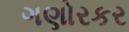
ગણોરકર